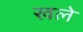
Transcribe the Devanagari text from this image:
खले